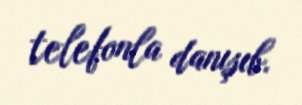
telefonla danışıb.